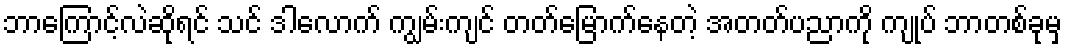
ဘာကြောင့်လဲဆိုရင် သင် ဒါလောက် ကျွမ်းကျင် တတ်မြောက်နေတဲ့ အတတ်ပညာကို ကျုပ် ဘာတစ်ခုမှ